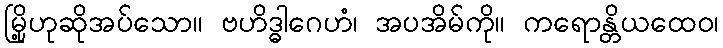
မြို့ဟုဆိုအပ်သော။ ဗဟိဒ္ဓါဂေဟံ၊ အပအိမ်ကို။ ကရောန္တိယထေဝ၊